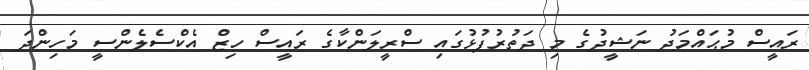
ރައީސް މުޙައްމަދު ނަޝީދުގެ މި ދަތުރުފުޅުގައި ސްރީލަންކާގެ ރައީސް ހިޒް އެކްސެލެންސީ މަހިންދަ